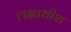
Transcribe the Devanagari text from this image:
लक्षाधीश